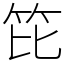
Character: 笓